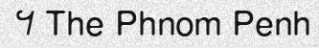
។ The Phnom Penh